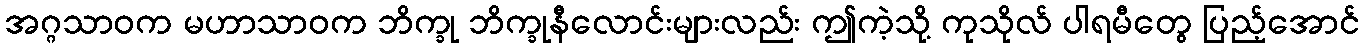
အဂ္ဂသာဝက မဟာသာဝက ဘိက္ခု ဘိက္ခုနီလောင်းများလည်း ဤကဲ့သို့ ကုသိုလ် ပါရမီတွေ ပြည့်အောင်